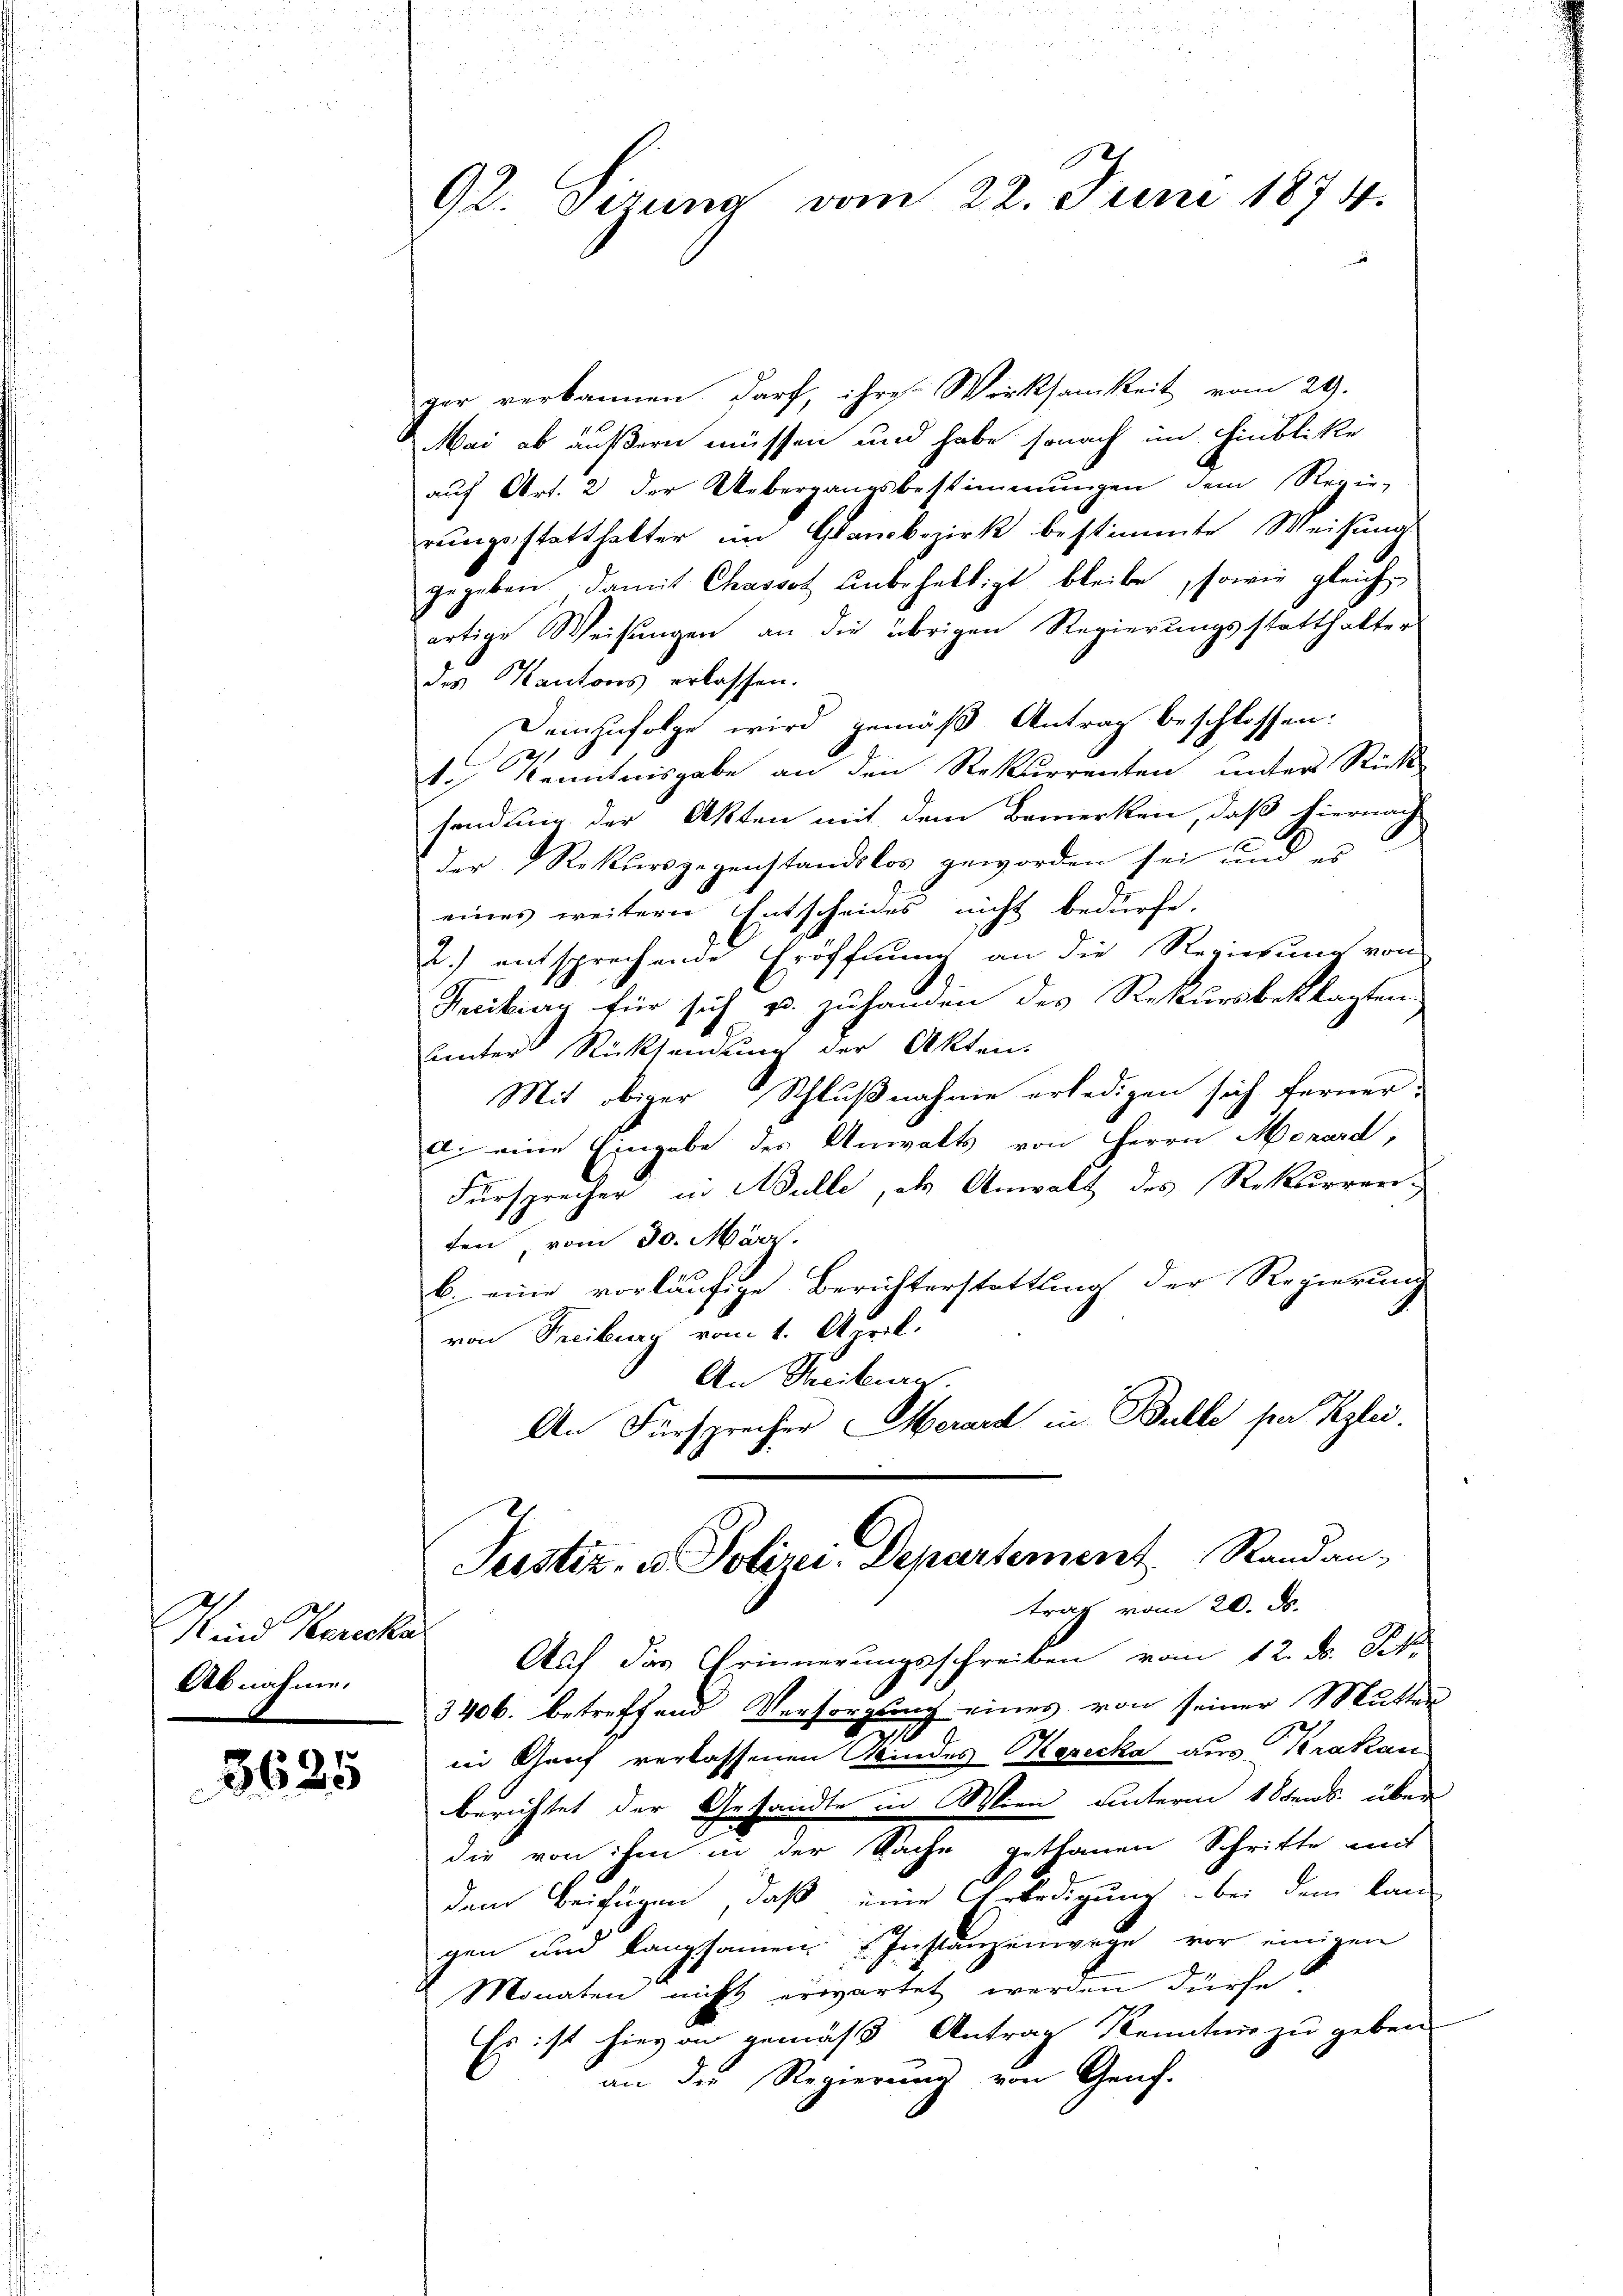
Min Kerke
Abnahme.

3625

92. Sizung vom 22. Juni 1874.

ger verkannen darf, ihre Wirksamkeit vom 29.
Mai ab äußern müssen und habe sonach im Hinblicke
auf Art. 2 der Uebergangsbestimmungen dem Regie-
rungsstatthalter im Grandbezirk bestimmte Weisung
gegeben, damit Chassot unbehaltigt bleibe, sowie gleichartige Weisŭngen an die übrigen Regierŭngsstatthalter
des Kantons erlassen.
Demzufolge wird gemäß Antrag beschlossen:
t.) Kenntnisgabe an den Rekurrenten unter Rück-
sendung der Akten mit dem Bemerken, daß hiernach
der Rekursgegenstandslos geworden sei und es
eines weitern Entscheides nicht bedürfe.
2.) entsprechende Eröffnung an die Regierung von
Feciburg für sich u. zuhanden des Rekursbeklagten
linter Rücksendung der Akten.
Mit obiger Schlußnahme erledigen sich ferner-
d. eine Eingabe des Anwalts von Herrn Morard,
Fürsprecher in Mülle, als Anwalt des Rekurren-
ten vom 30. März.
b. eine vorläufige Berichterstattung der Regierung
von Freiburg vom 1. April.
An Taciturn.
An Fürsprecher erard in Bulle par Kzlei.
Justiz- u. Polizei. Departement Randan-
trag vom 20. ds.
Auf das Erinnerungsschreiben vom 12. d. St.
3406. betreffend Versorgung eines von seiner Mutter
in Genf verlassenen Kindes Korecka aus Krakau
berichtet der Gesandte in Wien unterm 18tens über
die von ihm in der Sache gethanen Schritte mit
dem Beifügen, daß eine Erledigung bei dem lan
gen und Rangsamen Instanzenwege vor einigen
Monaten nicht erwartet werden dürfe,
Es ist hievon gemäß Antrag Kenntnis zu geben.
an der Regierung von Genf.